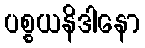
ပစ္စယနိဒါနော